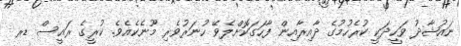
ނައުޝާދު ވަހީދަކީ ކުރެހުމުގެ ދާއިރާއިން ފާހަގަކޮށްލެވޭ ހުނަރުވެރި މޫނެކެއެވެ. ކުރީގެ ރައީސް ޑރ